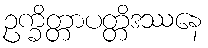
ဥက္ခိတ္တာပတ္တိဒဿနေ